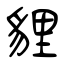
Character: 貍